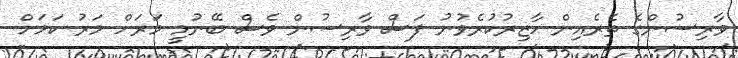
ވާރިސުންގެ ތެރެއިން ހާޒިރުކުރެވުނު ފަސް ވާރިސުން ވެސް ބޭނުމީ މަރަށް މަރު ކަމަށް